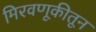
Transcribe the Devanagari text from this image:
मिरवणूकीतून